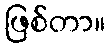
ဖြစ်တာ။